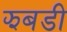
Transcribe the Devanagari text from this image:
झबडी